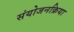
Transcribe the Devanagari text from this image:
संयोजनक्रिया